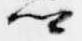
卿